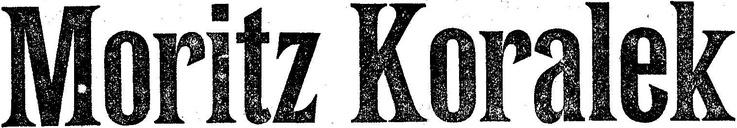
Moritz Koralek